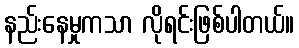
နည်းနေမှုကသာ လိုရင်းဖြစ်ပါတယ်။